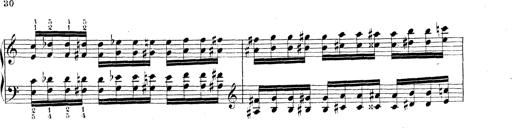
Title: Technische Studien
Composer: Franz Liszt